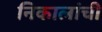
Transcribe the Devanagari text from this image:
निकालांची